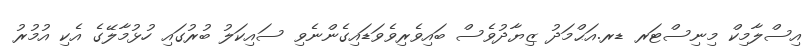
އިސްލާމިކް މިނިސްޓަރ ޑރ.އަޙްމަދު ޒިޔާދުވެސް ބައިވެރިވެވަޑައިގެންނެވި ސައިކަލު ބުރުގައި ހުޅުމާލޭގެ އެކި އުމުރު